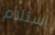
إستلام